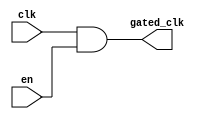
module memory_clock_gating (
    input wire clk,       // Main clock signal
    input wire en,        // Enable signal for memory block
    output wire gated_clk // Gated clock signal for memory block
);

// Generate gated clock using AND gate
assign gated_clk = clk & en;

endmodule